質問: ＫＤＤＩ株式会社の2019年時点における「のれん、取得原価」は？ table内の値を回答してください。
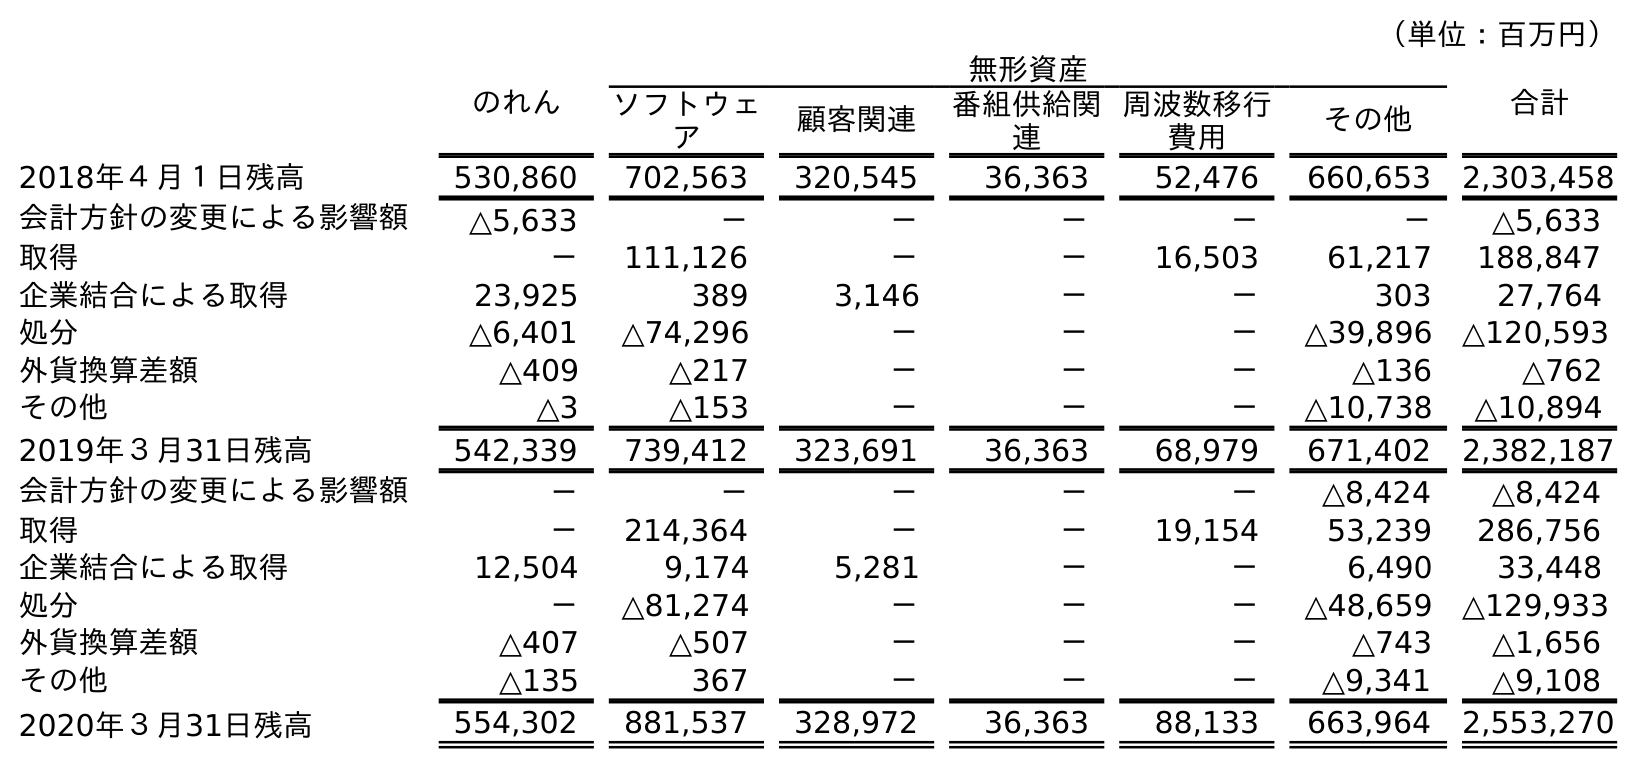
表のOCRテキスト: （単位：百万円） のれん 無形資産 合計 ソフトウェ ア 顧客関連 番組供給関 連 周波数移行 費用 その他 2018年４月１日残高 530,860 702,563 320,545 36,363 52,476 660,653 2,303,458 会計方針の変更による影響額 △5,633 － － － － － △5,633 取得 － 111,126 － － 16,503 61,217 188,847 企業結合による取得 23,925 389 3,146 － － 303 27,764 処分 △6,401 △74,296 － － － △39,896 △120,593 外貨換算差額 △409 △217 － － － △136 △762 その他 △3 △153 － － － △10,738 △10,894 2019年３月31日残高 542,339 739,412 323,691 36,363 68,979 671,402 2,382,187 会計方針の変更による影響額 － － － － － △8,424 △8,424 取得 － 214,364 － － 19,154 53,239 286,756 企業結合による取得 12,504 9,174 5,281 － － 6,490 33,448 処分 － △81,274 － － － △48,659 △129,933 外貨換算差額 △407 △507 － － － △743 △1,656 その他 △135 367 － － － △9,341 △9,108 2020年３月31日残高 554,302 881,537 328,972 36,363 88,133 663,964 2,553,270
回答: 542,339